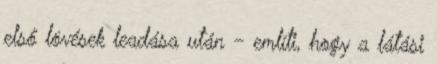
első lövések leadása után - említi, hogy a látási